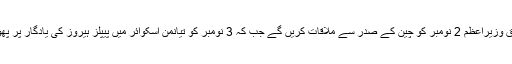
شیڈول کے مطابق وزیراعظم 2 نومبر کو چین کے صدر سے ملاقات کریں گے جب کہ 3 نومبر کو تیانمن اسکوائر میں پیپلز ہیروز کی یادگار پر پھول چڑھائیں گے۔